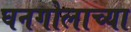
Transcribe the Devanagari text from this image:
घनगोलाच्या